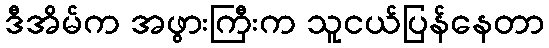
ဒီအိမ်က အဖွားကြီးက သူငယ်ပြန်နေတာ